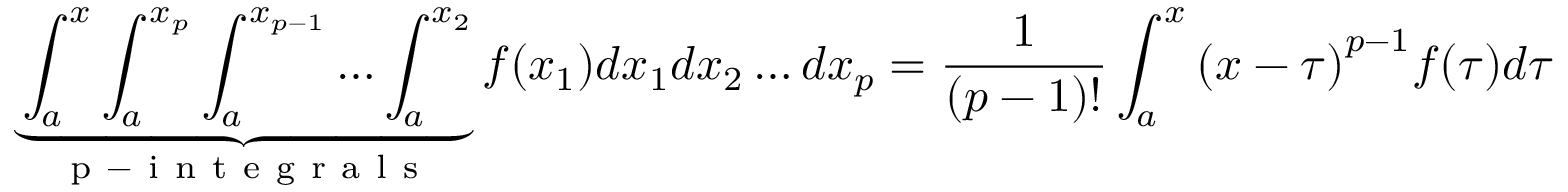
\underbrace { \int _ { a } ^ { x } \int _ { a } ^ { x _ { p } } \int _ { a } ^ { x _ { p - 1 } } \dots \int _ { a } ^ { x _ { 2 } } } _ { \mathrm { ~ p ~ - ~ i ~ n ~ t ~ e ~ g ~ r ~ a ~ l ~ s ~ } } f ( x _ { 1 } ) d x _ { 1 } d x _ { 2 } \dots d x _ { p } = { \frac { 1 } { ( p - 1 ) ! } } \int _ { a } ^ { x } { ( x - \tau ) } ^ { p - 1 } f ( \tau ) d \tau